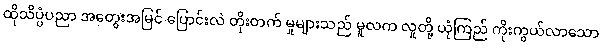
ထိုသိပ္ပံပညာ အတွေးအမြင် ပြောင်းလဲ တိုးတက် မှုများသည် မူလက လူတို့ ယုံကြည် ကိုးကွယ်လာသော